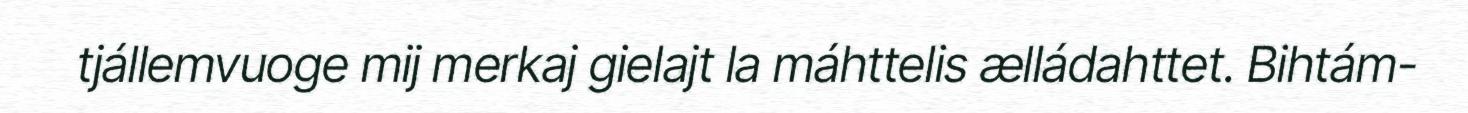
tjállemvuoge mij merkaj gielajt la máhttelis ælládahttet. Bihtám-